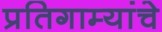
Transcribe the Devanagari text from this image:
प्रतिगाम्यांचे